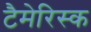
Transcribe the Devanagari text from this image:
टैमेरिस्क